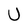
Character: U